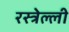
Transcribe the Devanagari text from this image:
रस्त्रेल्ली